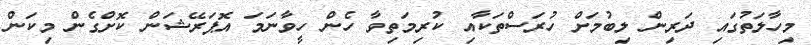
މިހާލަތުގައި ދަރިން ލިބުމަށް ހުރަސްތަކާއި ކުރިމަތިވާ ހެން ހީވާނަމަ އޮޕަރޭޝަން ކޮށްގެން މިކަން